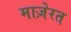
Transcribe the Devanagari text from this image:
माज़ेरत